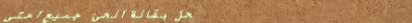
محل بقالة الحي: جميع احتي